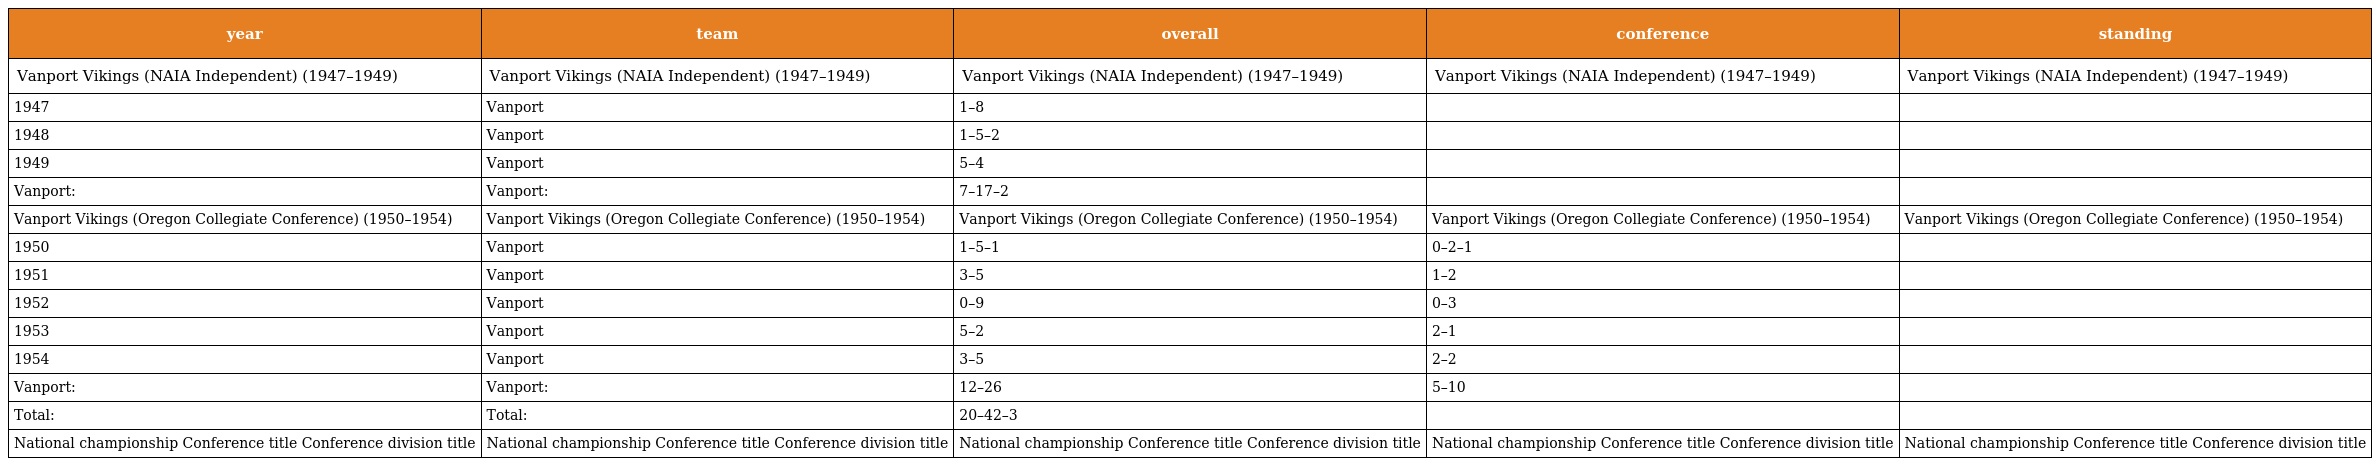
| year | team | overall | conference | standing |
 | --- | --- | --- | --- | --- |
 | Vanport Vikings (NAIA Independent) (1947–1949) | Vanport Vikings (NAIA Independent) (1947–1949) | Vanport Vikings (NAIA Independent) (1947–1949) | Vanport Vikings (NAIA Independent) (1947–1949) | Vanport Vikings (NAIA Independent) (1947–1949) |
 | 1947 | Vanport | 1–8 |  |  |
 | 1948 | Vanport | 1–5–2 |  |  |
 | 1949 | Vanport | 5–4 |  |  |
 | Vanport: | Vanport: | 7–17–2 |  |  |
 | Vanport Vikings (Oregon Collegiate Conference) (1950–1954) | Vanport Vikings (Oregon Collegiate Conference) (1950–1954) | Vanport Vikings (Oregon Collegiate Conference) (1950–1954) | Vanport Vikings (Oregon Collegiate Conference) (1950–1954) | Vanport Vikings (Oregon Collegiate Conference) (1950–1954) |
 | 1950 | Vanport | 1–5–1 | 0–2–1 |  |
 | 1951 | Vanport | 3–5 | 1–2 |  |
 | 1952 | Vanport | 0–9 | 0–3 |  |
 | 1953 | Vanport | 5–2 | 2–1 |  |
 | 1954 | Vanport | 3–5 | 2–2 |  |
 | Vanport: | Vanport: | 12–26 | 5–10 |  |
 | Total: | Total: | 20–42–3 |  |  |
 | National championship Conference title Conference division title | National championship Conference title Conference division title | National championship Conference title Conference division title | National championship Conference title Conference division title | National championship Conference title Conference division title |